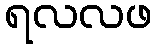
ရလလဖ